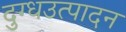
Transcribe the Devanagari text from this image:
दुग्धउत्पादन